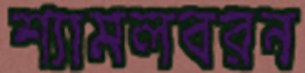
শ্যামলবরন